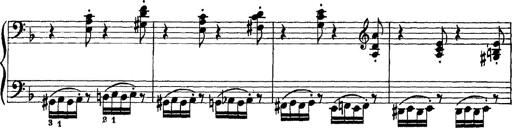
Title: Scherzo und Marsch
Composer: Franz Liszt